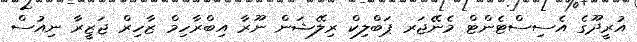
އުރީދޫގެ އެސިސްޓެންޓް މެނޭޖަރ ޕަބްލިކް ރިލޭޝަން ނޫރާ އިބްރާހިމް ޒާހިރް ޖަޒީރާ ނިއުސް